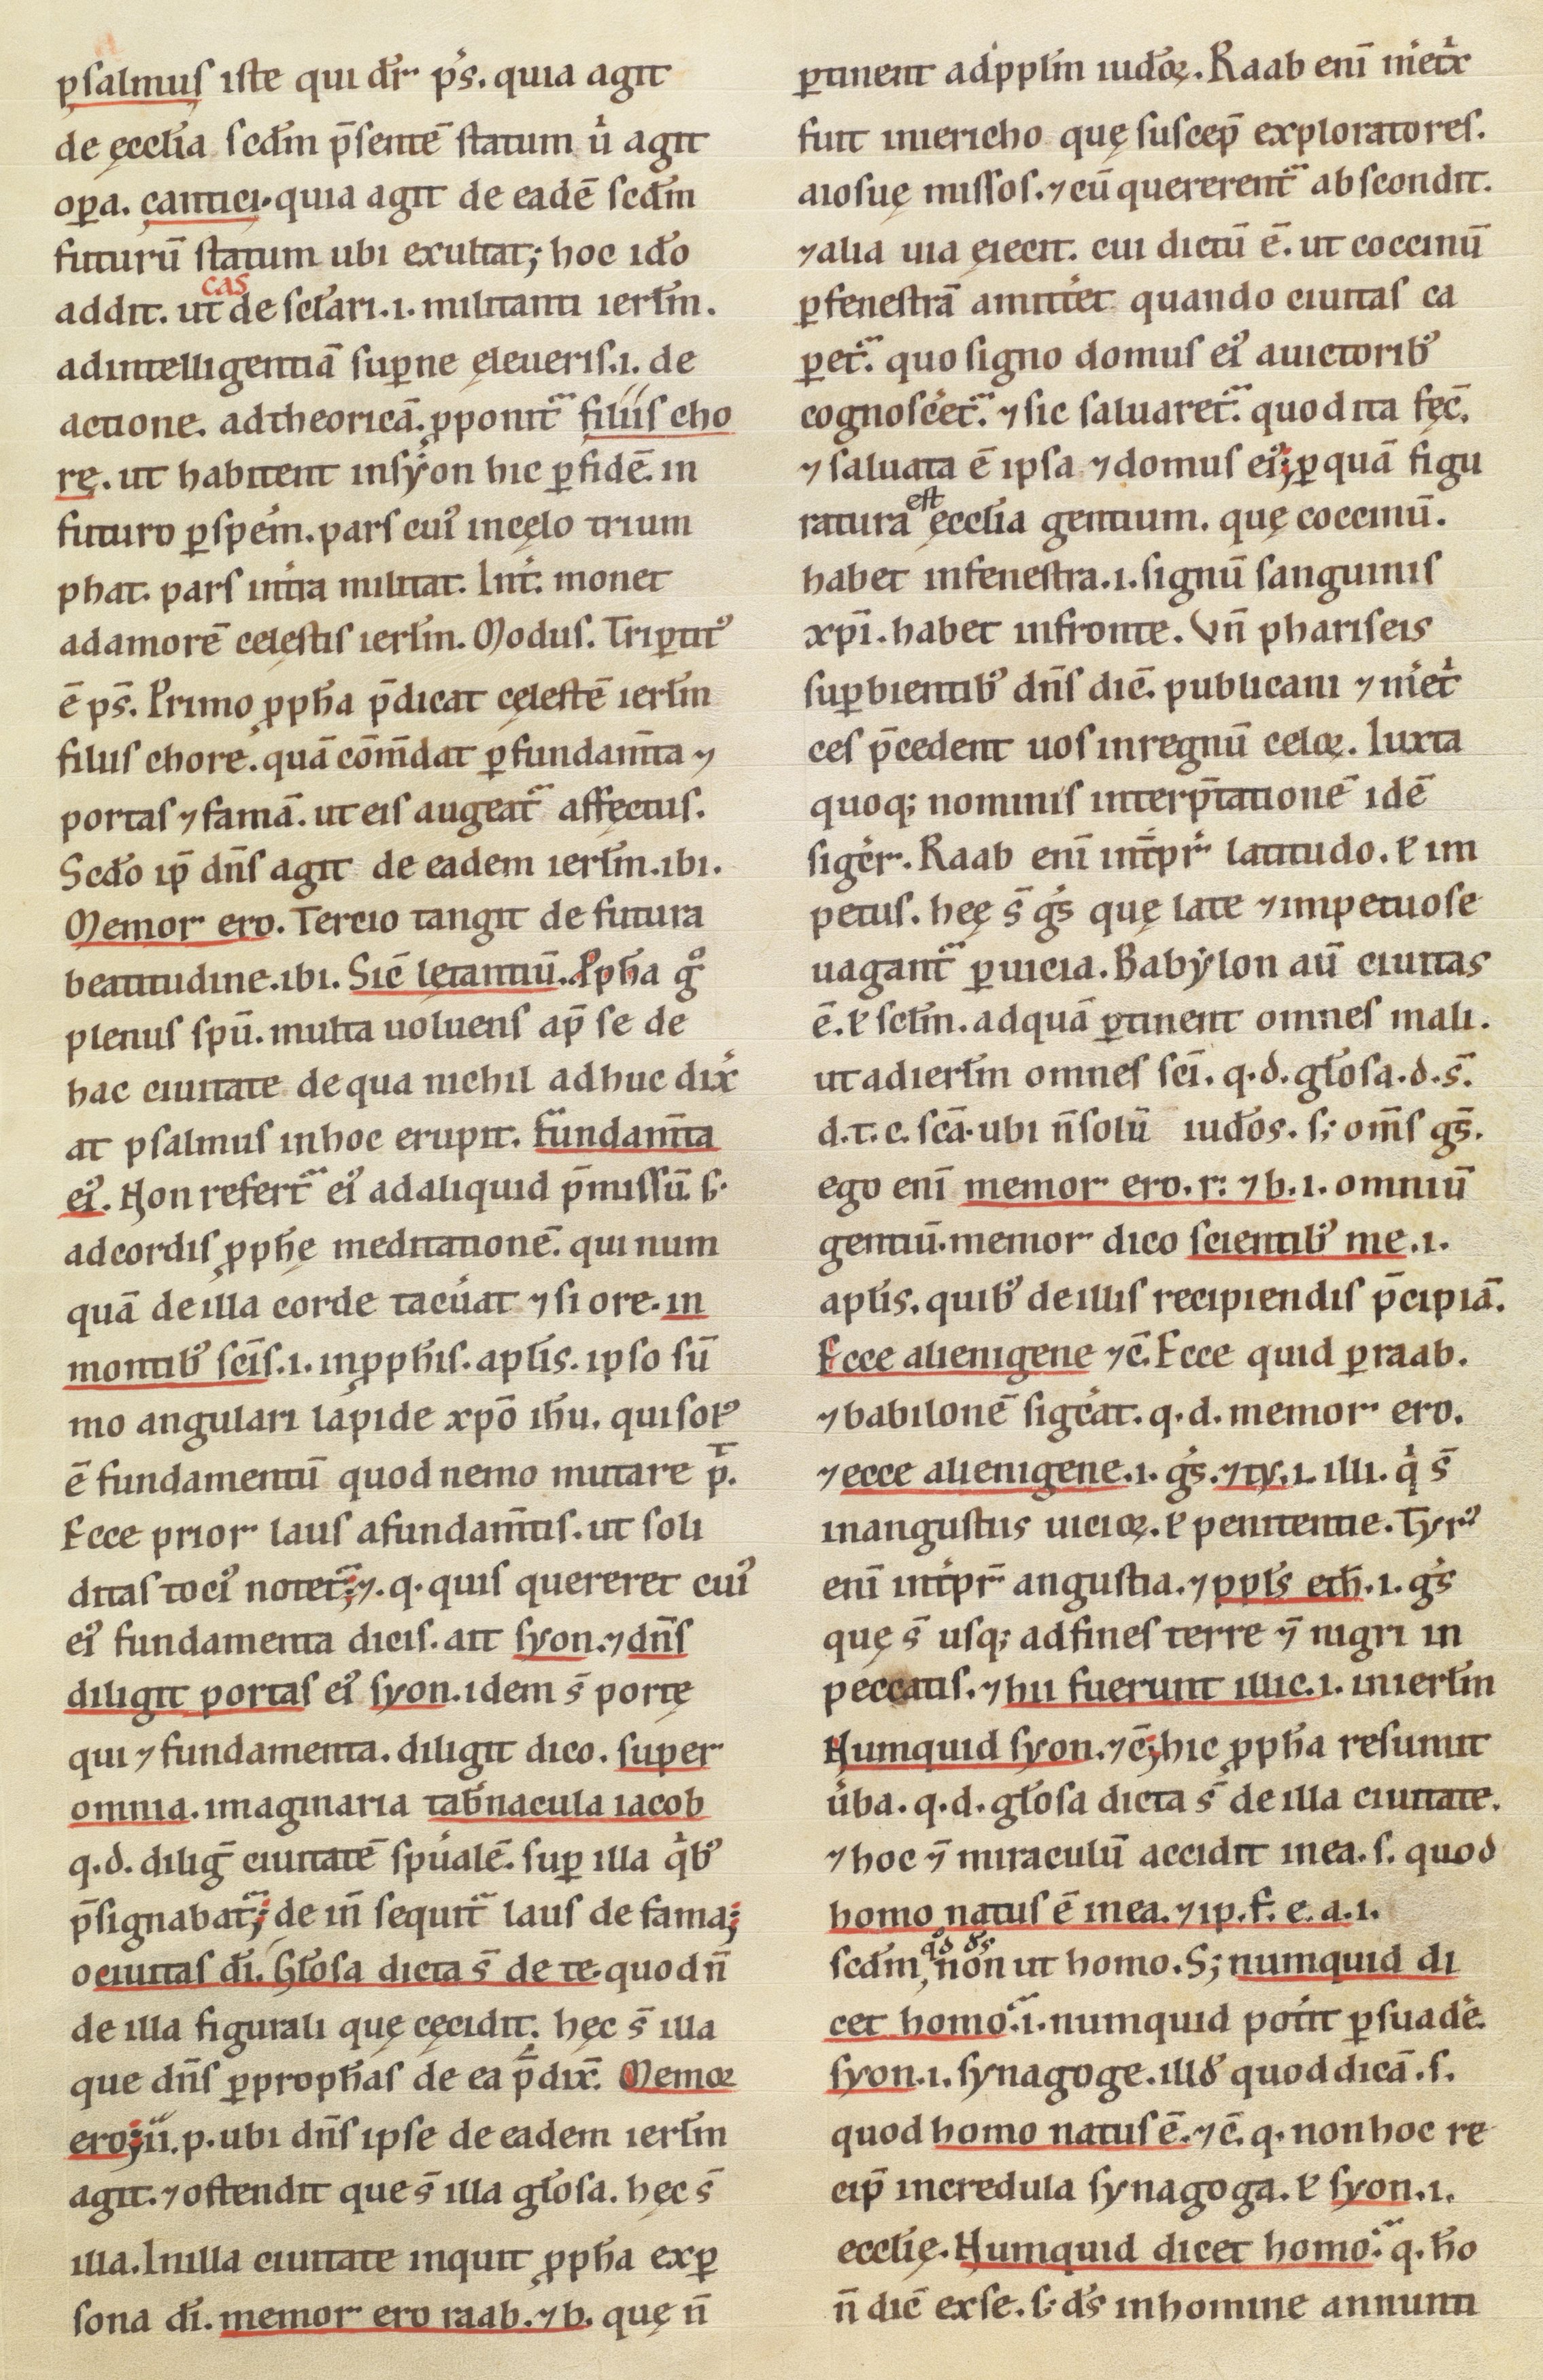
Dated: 1100–1199